Source: Handwritten
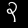
Digit: ၃ (3)